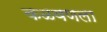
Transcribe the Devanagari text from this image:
कळवणला